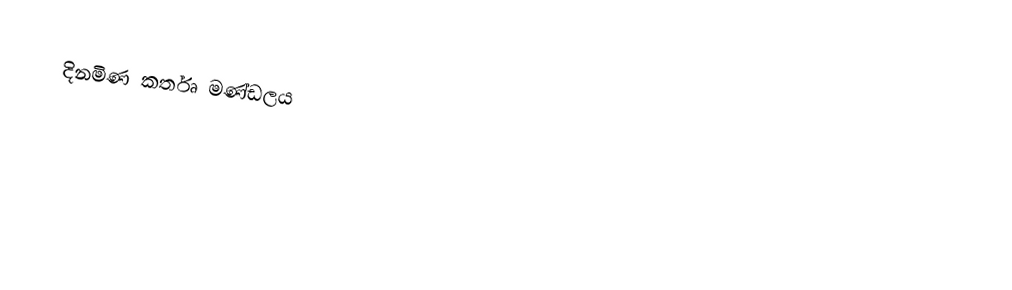
දිනමිණ කර්තෘ මණ්ඩලය